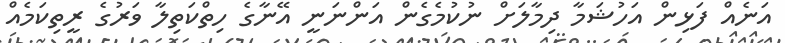
އަނެއް ފަޅިން އަހުޝަމާ ދިމާލަށް ނުކުމެގެން އަންނަނީ އޭނާގެ ހިތްކަތިލާ ވަރުގެ ރީތިކަމެއް